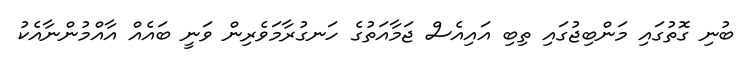
ބުނި ގޮތުގައި މަންބިޖުގައި ތިބި އައިއެސް ޖަމާއަތުގެ ހަނގުރާމަވެރިން ވަނީ ބައެއް އާއްމުންނާއެކު